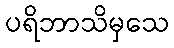
ပရိဘာသိမှသေ